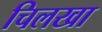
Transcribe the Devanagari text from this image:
चिलखा